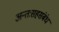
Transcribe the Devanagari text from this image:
अन्तःसहसंबंध